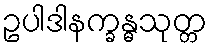
ဥပါဒါနက္ခန္ဓသုတ္တ